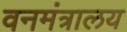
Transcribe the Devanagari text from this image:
वनमंत्रालय